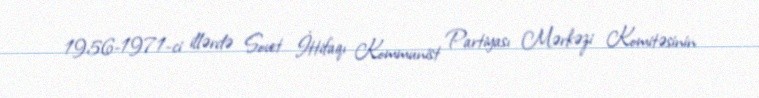
1956-1971-ci illərdə Sovet İttifaqı Kommunist Partiyası Mərkəzi Komitəsinin